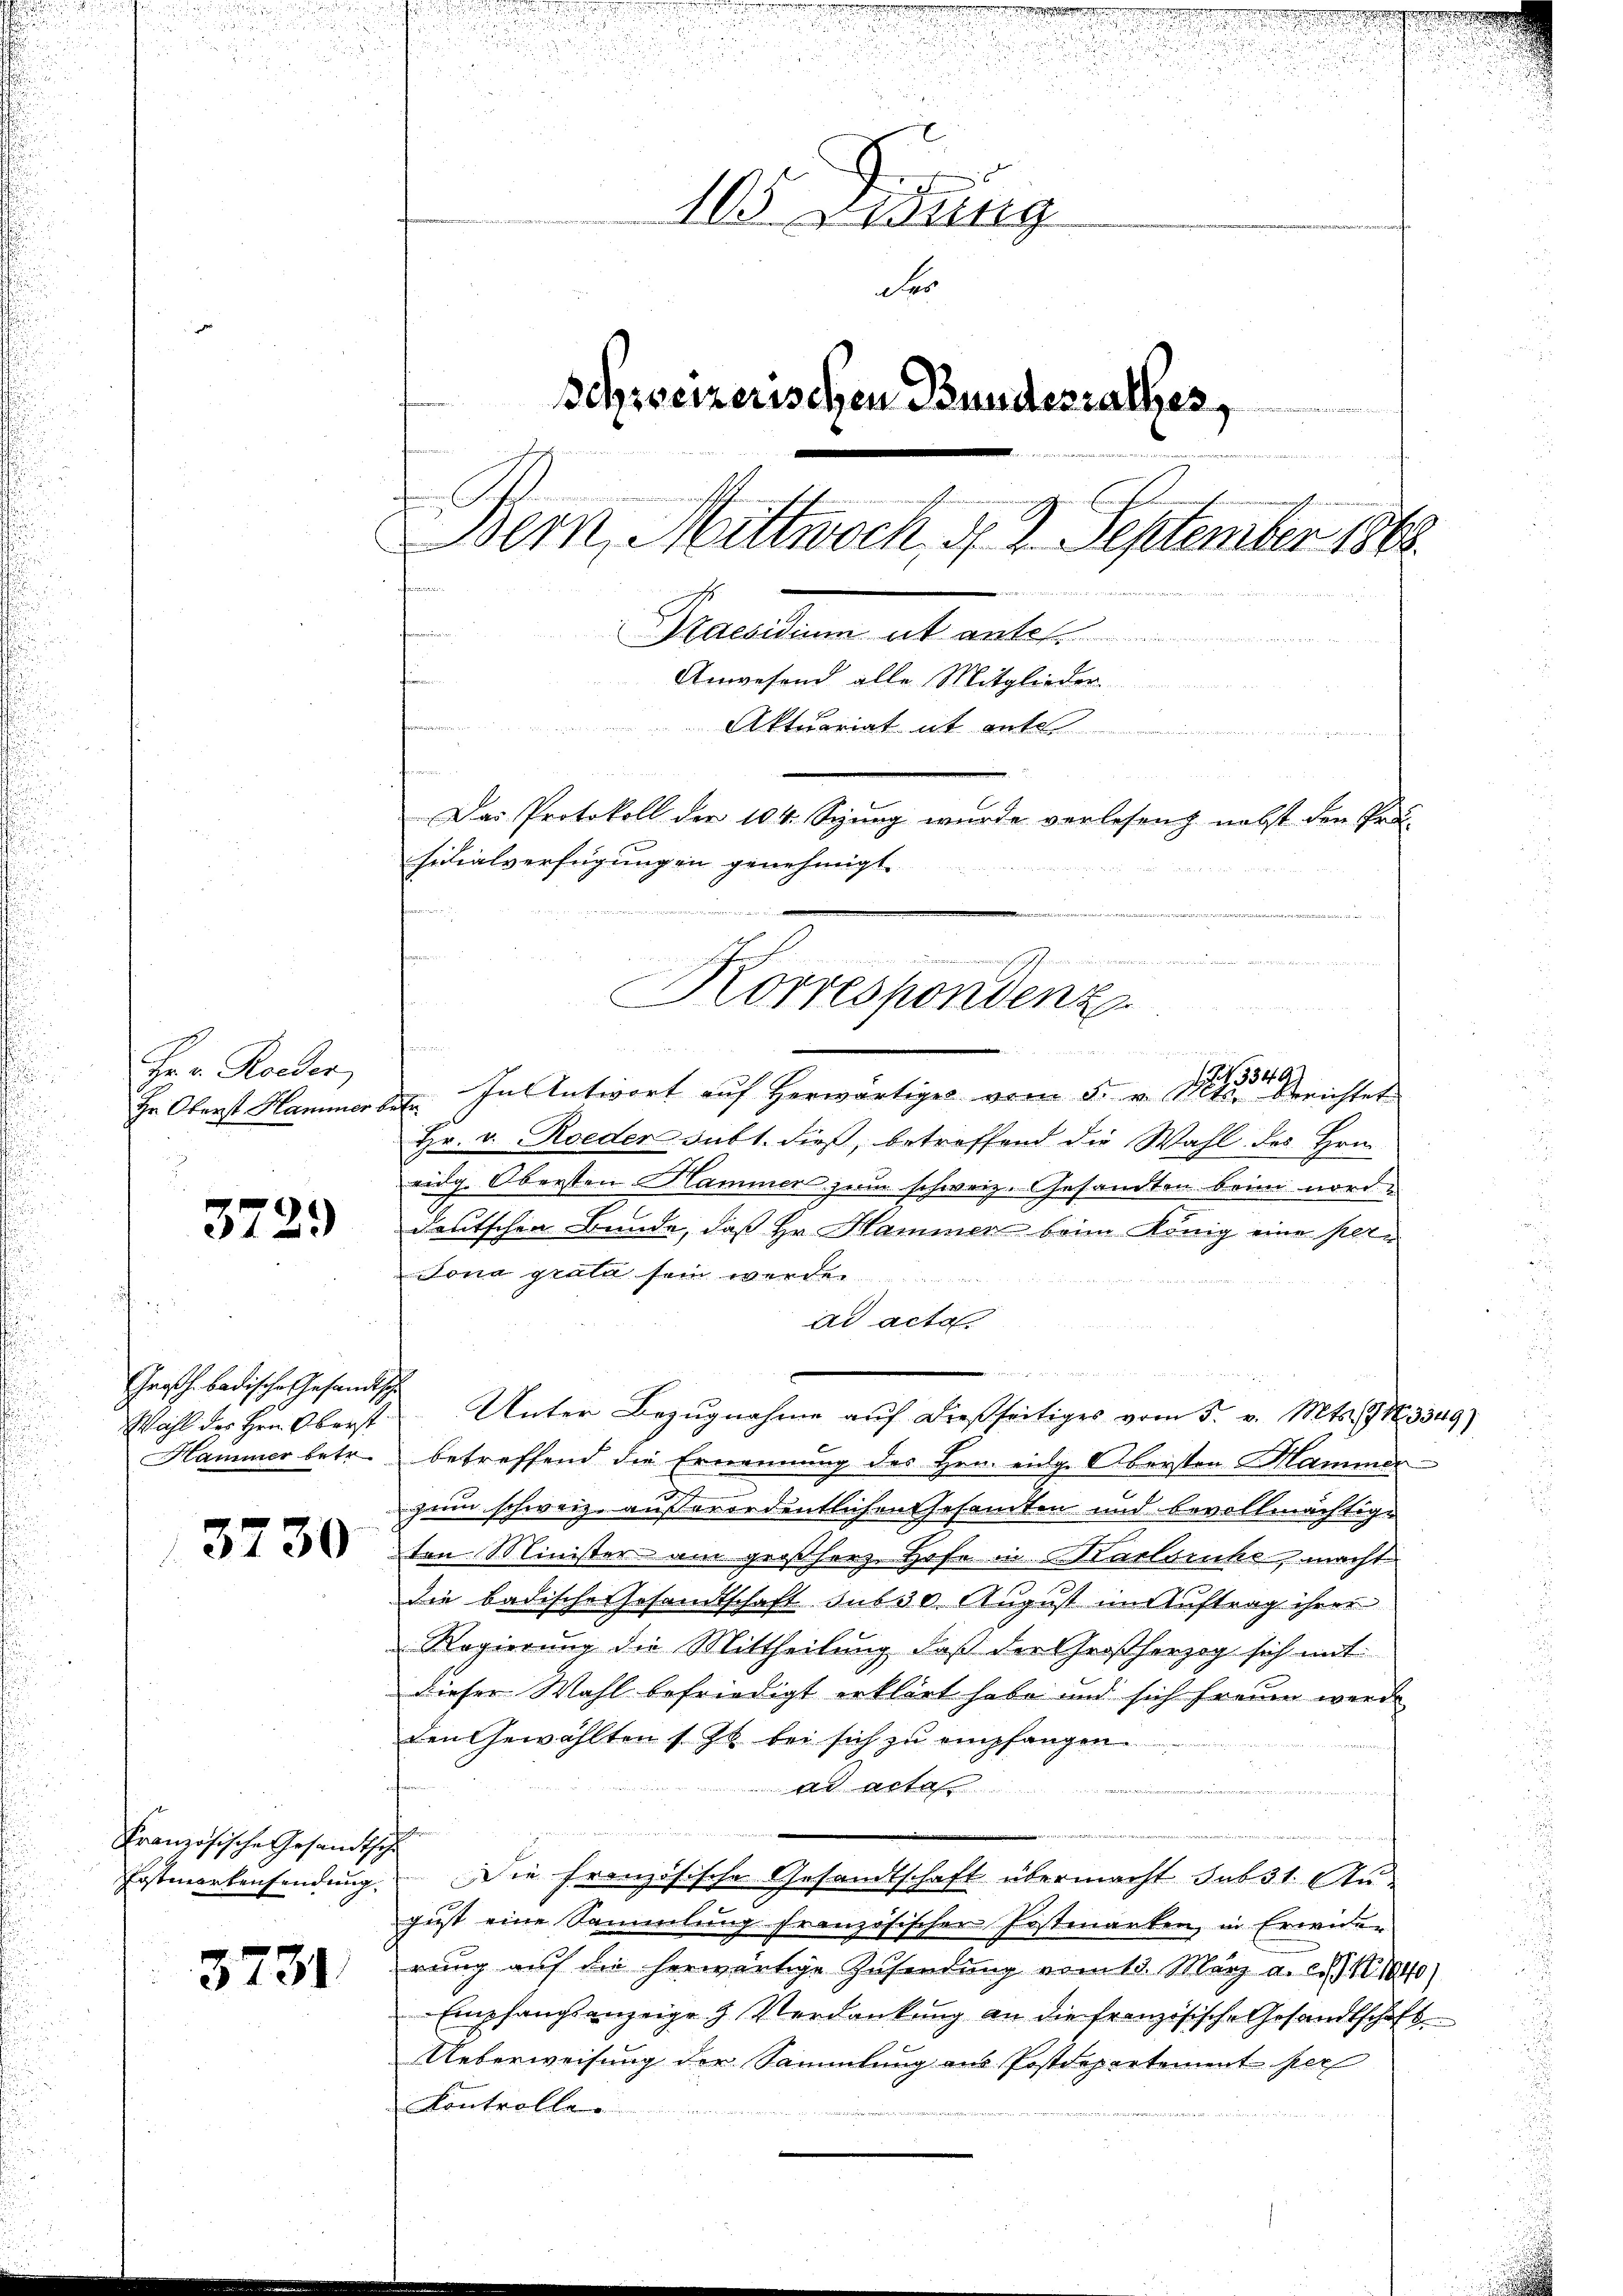
Hr. v. Roeder
Hn Oberst Hammer

3729

Großh. badische Gesandtsch
Wahl der Hrn. Oberst

3730

Französische Gesandtsch
Postmarkensendung.

3731

e
u
e
105 Didung
Fe
Schsseizerischen Bundesrathes,
ntermitter an die Bede
Bern, Mittwoch, d. 2. September 1862.
.
t
Praesidium et antes.
Anwesend alle Mitglieder
frommen
 bis
Aktuariat it ent
Das Protokoll der 104. Sitzung wurde verlesen nebst den Prä-
sidialverfügungen genehmigt.

s
de. In Antwort auf herwärtiges vom 5. v. M. richtet
Hr. v. Roeder subt. dieß, betreffend die Wahl des Hrn.
eidg. Obersten Hammen zum schweiz. Gesandten beim norddeutschen Bunde, daß Hr. Hammer beim König eine per¬
Jona grata sein werden.
ad acta.
r
Unter Bezugnahme auf dießseitiges vom 5. v. Mts. 19 S. 3349)
Hammer betr. betreffend die Ernennung des Hrn. eige Obersten Mammer
uum schweiz außerordentlichen Gesamten und bevollmächtigten Minister am großherz. Hofe in Karlsruhe macht
die badische Gesandtschaft sub 30. August im Auftrag ihrer
Regierung die Mittheilung, daß der Großherzog sich mit
dieser Wahl befriedigt erklärt habe und sich freuem werde
den Gewählten 1 zu bei sich zu empfangen.
t Art
Die Französische Gesandtschaft übermacht sub 31. August eine Sammlung französischen Jostmarken, in Erwider
rung auf die herwärtige Zusendung vom 13. März a. c. S. 1040)
Empfangsanzeige & Verdankung an die französische Gesandtschaft
Ueberweisung der Sammlung aus Postdepartement per
Kontroller
s
234.

n
Korrespondenz